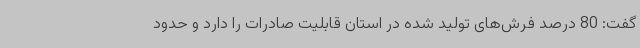
گفت: 80 درصد فرش‌های تولید شده در استان قابلیت صادرات را دارد و حدود